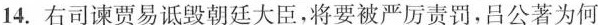
14. 右司谏贾易诋毁朝廷大臣，将要被严厉责罚，吕公著为何